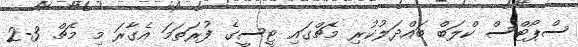
ސްޕޯޓްސް ކްލަބް ބައްދަލުކުރި މެޗްގައި ޓީސީގެ ފުރަތަމަ އެގާރަ މި މެޗް 3-2